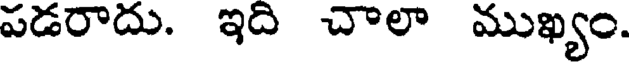
పడరాదు. ఇది చాలా ముఖ్యం.